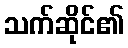
သက်ဆိုင်၏